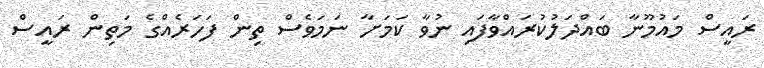
ރައީސް މައުމޫނާ ބައްދަލުކުރައްވާފައި ނުވާ ކަމަށާ ނަމަވެސް ތިން ފަހަރެއްގެ މަތިން ރައީސް